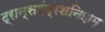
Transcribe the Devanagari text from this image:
ट्रान्सइंप्रेशनिझम्